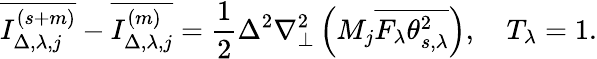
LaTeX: \overline{{I_{\Delta,\lambda,j}^{(s+m)}}}-\overline{{I_{\Delta,\lambda,j}^{(m)}}}=\frac{1}{2}\Delta^{2}\nabla_{\perp}^{2}\left(M_{j}\overline{{F_{\lambda}\theta_{s,\lambda}^{2}}}\right),\quad T_{\lambda}=1.